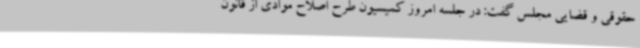
حقوقی و قضایی مجلس گفت: در جلسه امروز کمیسیون طرح اصلاح موادی از قانون